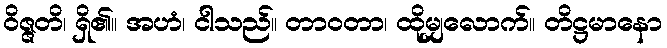
ဝိဇ္ဇတိ၊ ရှိ၏။ အဟံ၊ ငါသည်။ တာဝတာ၊ ထိုမျှလောက်။ တိဋ္ဌမာနော